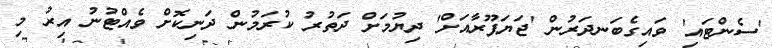
'ސެންޓައި' ވައިގެބަނދަރުން 'ޖަޔަޕޫރާއަށް' ދިޔުމަށް ދަތުރު ކުރަމުން ދަނިކޮށް ވެއްޓުނު އިރު މި